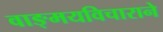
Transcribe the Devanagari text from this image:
वाङ्मयविचाराने